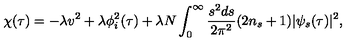
\chi ( \tau ) = - \lambda v ^ { 2 } + \lambda \phi _ { i } ^ { 2 } ( \tau ) + \lambda N \int _ { 0 } ^ { \infty } \frac { s ^ { 2 } d s } { 2 \pi ^ { 2 } } ( 2 n _ { s } + 1 ) | \psi _ { s } ( \tau ) | ^ { 2 } ,